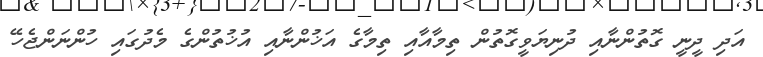
އަދި ދީނީ ގޮތުންނާއި ދުނިޔަވީގޮތުން ތިމާއާއި ތިމާގެ އަޚުންނާއި އުޚުތުންގެ މެދުގައި ހުންނަންޖެހޭ